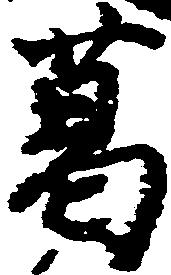
葛